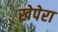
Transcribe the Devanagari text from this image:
खेपेरा